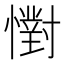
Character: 㦠